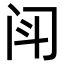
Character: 𫔯